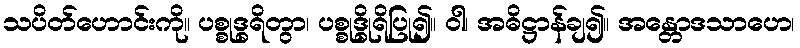
သပိတ်ဟောင်းကို။ ပစ္စုဒ္ဓရိတွာ၊ ပစ္စုဒ္ဓိုရိပြု၍။ ဝါ၊ အဓိဋ္ဌာန်ချ၍။ အန္တောဒသာဟေ၊